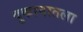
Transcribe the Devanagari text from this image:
दुकानातला